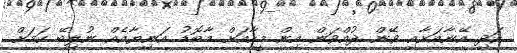
އަދި އޭނާއަށާއި ވޭން ދުއްވަން އިން މީހާއަށް މާބޮޑު އަނިޔާއެއް ނުލިބޭ ކަމަށް